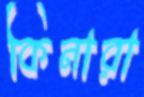
কিনারা